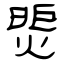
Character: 煚